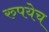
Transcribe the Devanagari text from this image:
रुपयेच